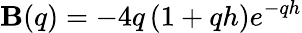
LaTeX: \mathbf{B}(q)=-4q\left(1+qh\right)e^{-qh}